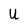
Character: U